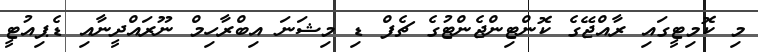
މި ކޮމިޓީގައި ރާއްޖޭގެ ކޮންޓިންޖެންޓުގެ ޗެފް ޑި މިޝަނަ އިބްރާހިމް ނޫރައްދީނާއި ޑެޕިއުޓީ